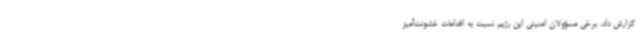
گزارش داد، برخی مسؤولان امنیتی این رژیم نسبت به اقدامات خشونت‌آمیز